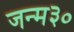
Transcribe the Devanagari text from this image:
जन्म३०